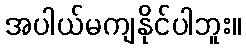
အပါယ်မကျနိုင်ပါဘူး။